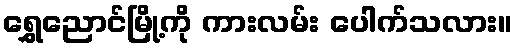
ရွှေညောင်မြို့ကို ကားလမ်း ပေါက်သလား။